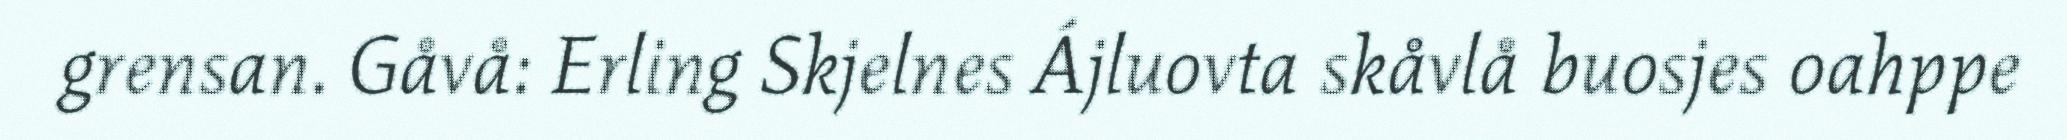
grensan. Gåvå: Erling Skjelnes Ájluovta skåvlå buosjes oahppe